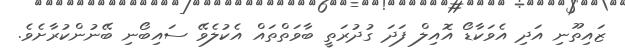
ޒައިތޫނި އަދި އެވަކާޑޯ އޮއިލް ފަދަ ގުދުރަތީީ ބާވަތްތައް އެކުލެވޭ ސައިބޯނި ބޭނުންކުރާށެވެ.